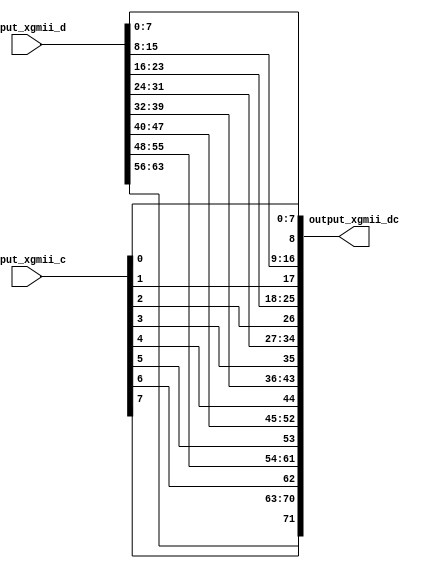
/*

Copyright (c) 2016-2018 Alex Forencich

Permission is hereby granted, free of charge, to any person obtaining a copy
of this software and associated documentation files (the "Software"), to deal
in the Software without restriction, including without limitation the rights
to use, copy, modify, merge, publish, distribute, sublicense, and/or sell
copies of the Software, and to permit persons to whom the Software is
furnished to do so, subject to the following conditions:

The above copyright notice and this permission notice shall be included in
all copies or substantial portions of the Software.

THE SOFTWARE IS PROVIDED "AS IS", WITHOUT WARRANTY OF ANY KIND, EXPRESS OR
IMPLIED, INCLUDING BUT NOT LIMITED TO THE WARRANTIES OF MERCHANTABILITY
FITNESS FOR A PARTICULAR PURPOSE AND NONINFRINGEMENT. IN NO EVENT SHALL THE
AUTHORS OR COPYRIGHT HOLDERS BE LIABLE FOR ANY CLAIM, DAMAGES OR OTHER
LIABILITY, WHETHER IN AN ACTION OF CONTRACT, TORT OR OTHERWISE, ARISING FROM,
OUT OF OR IN CONNECTION WITH THE SOFTWARE OR THE USE OR OTHER DEALINGS IN
THE SOFTWARE.

*/

// Language: Verilog 2001

`timescale 1ns / 1ps

/*
 * XGMII control/data interleave
 */
module xgmii_interleave
(
    input  wire [63:0] input_xgmii_d,
    input  wire [7:0]  input_xgmii_c,

    output wire [72:0] output_xgmii_dc
);

assign output_xgmii_dc[7:0] = input_xgmii_d[7:0];
assign output_xgmii_dc[8] = input_xgmii_c[0];
assign output_xgmii_dc[16:9] = input_xgmii_d[15:8];
assign output_xgmii_dc[17] = input_xgmii_c[1];
assign output_xgmii_dc[25:18] = input_xgmii_d[23:16];
assign output_xgmii_dc[26] = input_xgmii_c[2];
assign output_xgmii_dc[34:27] = input_xgmii_d[31:24];
assign output_xgmii_dc[35] = input_xgmii_c[3];
assign output_xgmii_dc[43:36] = input_xgmii_d[39:32];
assign output_xgmii_dc[44] = input_xgmii_c[4];
assign output_xgmii_dc[52:45] = input_xgmii_d[47:40];
assign output_xgmii_dc[53] = input_xgmii_c[5];
assign output_xgmii_dc[61:54] = input_xgmii_d[55:48];
assign output_xgmii_dc[62] = input_xgmii_c[6];
assign output_xgmii_dc[70:63] = input_xgmii_d[63:56];
assign output_xgmii_dc[71] = input_xgmii_c[7];

endmodule